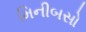
મિનીબસો